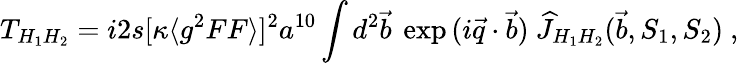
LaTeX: T_{H_{1}H_{2}}=i2s[\kappa\langle g^{2}FF\rangle]^{2}a^{10}\int d^{2}\vec{b}~\exp{(i\vec{q}\cdot\vec{b})}~\widehat J_{H_{1}H_{2}}(\vec{b},S_{1},S_{2})~,